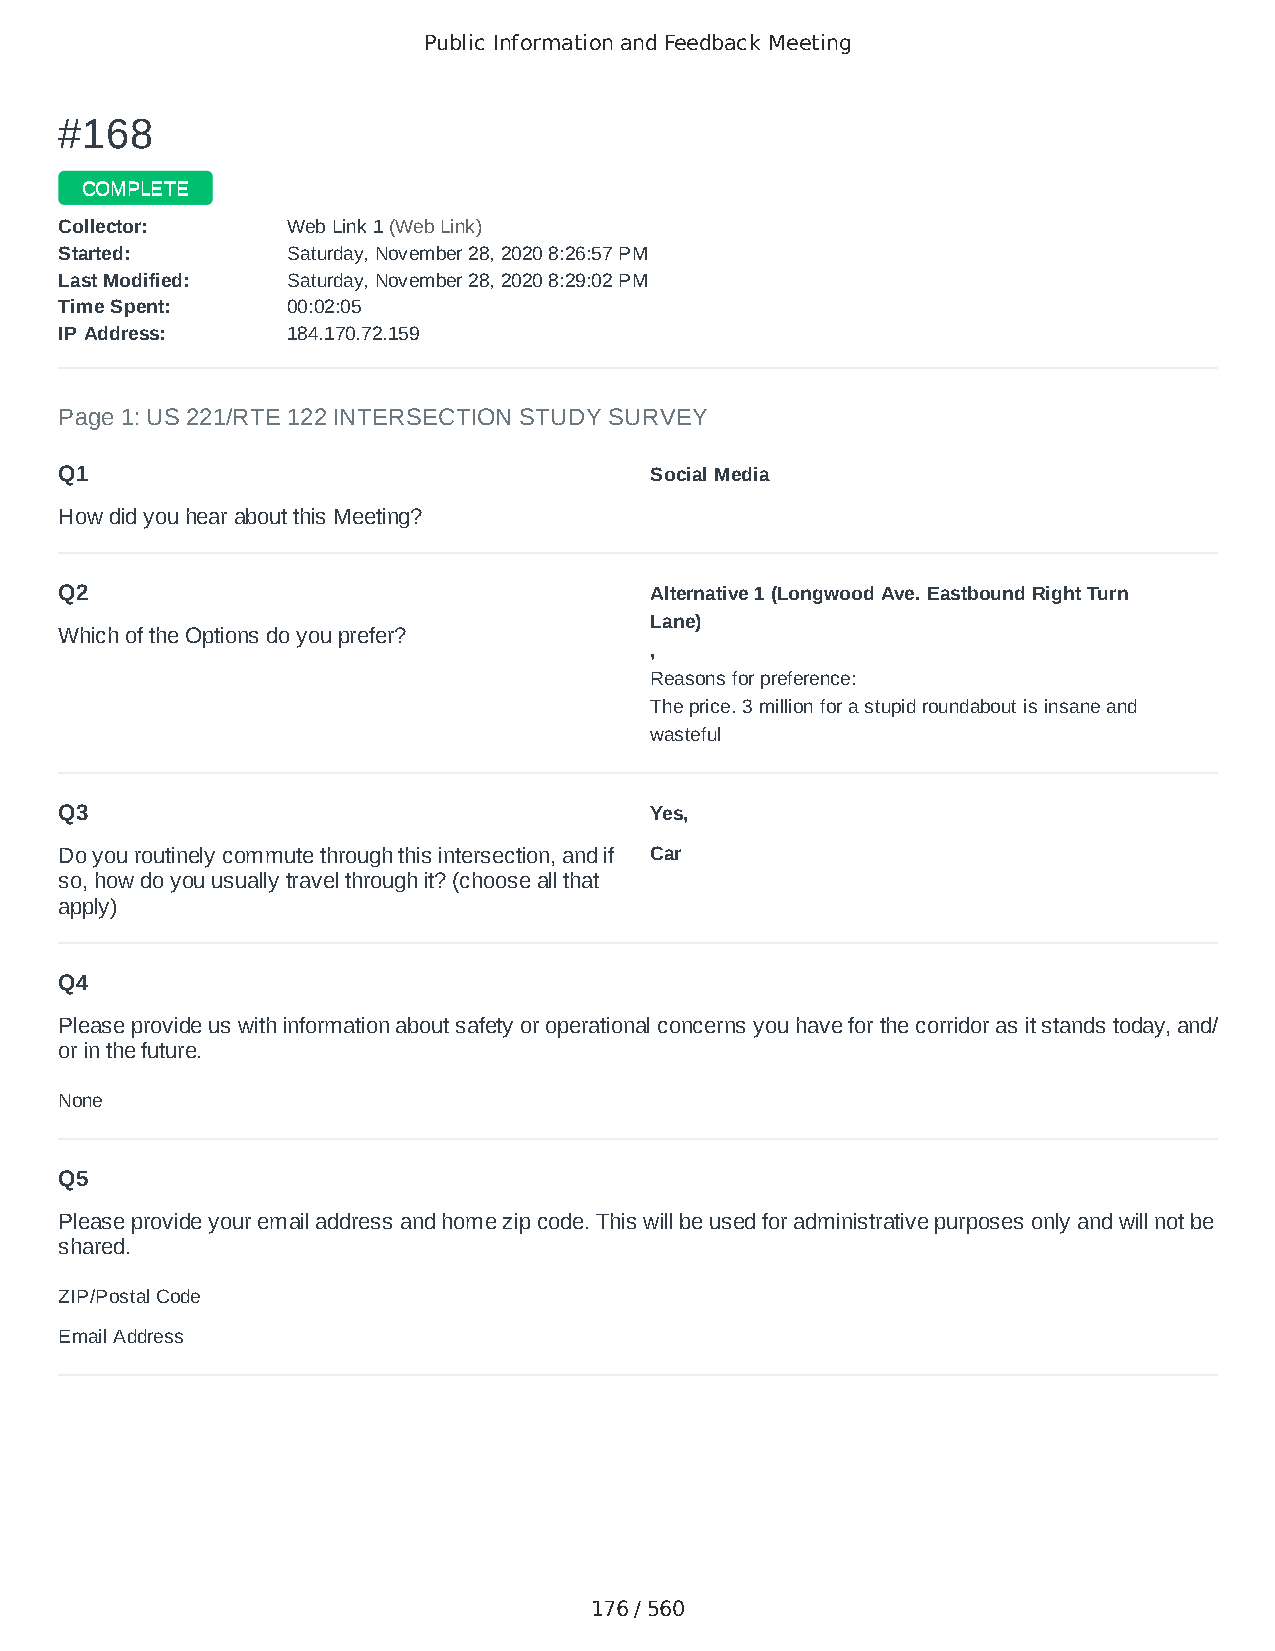
Public Information and Feedback Meeting
 ##116688
 CCOOMMPPLLEETTEE
 CCoolllleeccttoorr:: WWeebb LLiinnkk 11 ((WWeebb LLiinnkk))
 SSttaarrtteedd:: SSaattuurrddaayy,, NNoovveemmbbeerr 2288,, 22002200 88::2266::5577 PPMM
 LLaasstt MMooddiiffiieedd:: SSaattuurrddaayy,, NNoovveemmbbeerr 2288,, 22002200 88::2299::0022 PPMM
 TTiimmee SSppeenntt:: 0000::0022::0055
 IIPP AAddddrreessss:: 118844..117700..7722..115599
 Page 1: US 221/RTE 122 INTERSECTION STUDY SURVEY
 Q1                                     Social Media
 How did you hear about this Meeting?
 Q2                                     Alternative 1 (Longwood Ave. Eastbound Right Turn
 Lane)
 Which of the Options do you prefer?
 ,
 Reasons for preference:
 The price. 3 million for a stupid roundabout is insane and
 wasteful
 Q3                                     Yes,
 Do you routinely commute through this intersection, and if Car
 so, how do you usually travel through it? (choose all that
 apply)
 Q4
 Please provide us with information about safety or operational concerns you have for the corridor as it stands today, and/
 or in the future.
 None
 Q5
 Please provide your email address and home zip code. This will be used for administrative purposes only and will not be
 shared.
 ZIP/Postal Code                        24551
 Email Address                          ksainovich@yahoo.com
 176 / 560